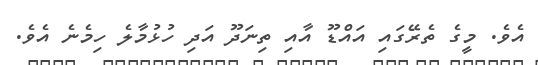
އެވެ. މީގެ ތެރޭގައި އައްޑޫ އާއި ތިނަދޫ އަދި ހުޅުމާލެ ހިމެނެ އެވެ.